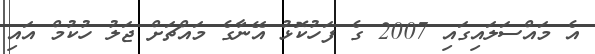
އެ މައްސަލައިގައި 2007 ގެ ފަހުކޮޅު އޭނާގެ މައްޗަށް ޖަލު ހުކުމް އައި